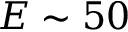
E \sim 5 0